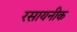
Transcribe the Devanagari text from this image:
रसायनीक